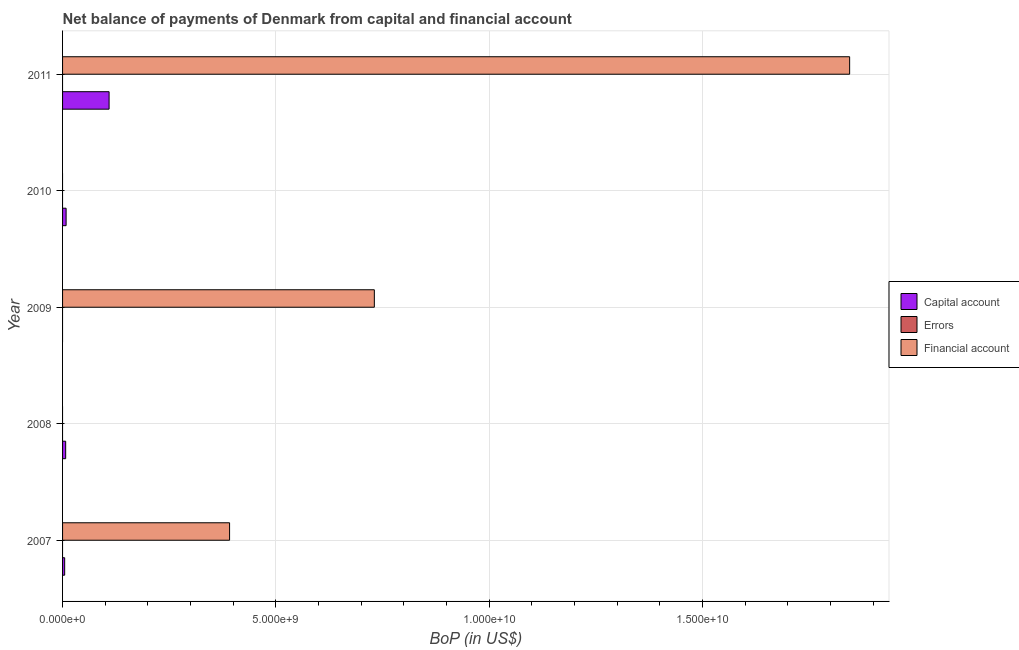
| Year | Capital account | Errors | Financial account |
 | --- | --- | --- | --- |
 | 2007 | 4.93e+07 | -5.49e+08 | 3.91e+09 |
 | 2008 | 7.29e+07 | -1.31e+10 | -3.07e+09 |
 | 2009 | -4.9e+07 | -3.41e+09 | 7.31e+09 |
 | 2010 | 8.29e+07 | -1.93e+10 | -1.04e+09 |
 | 2011 | 1.09e+09 | -2.52e+09 | 1.84e+10 |